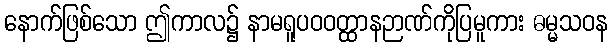
နောက်ဖြစ်သော ဤကာလ၌ နာမရူပဝဝတ္ထာနဉာဏ်ကိုပြမူကား ဓမ္မသဝန